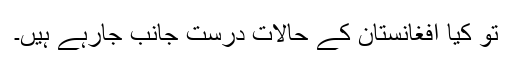
تو کیا افغانستان کے حالات درست جانب جارہے ہیں۔